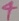
Text: 4